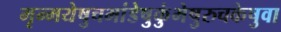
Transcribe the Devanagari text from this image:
मृन्मयेषुचभांडेषुकुंभेषुरुचकेषुवा